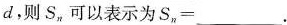
d，则S，可以表示为S，=__。